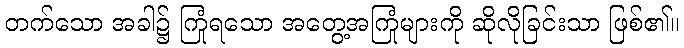
တက်သော အခါ၌ ကြုံရသော အတွေ့အကြုံများကို ဆိုလိုခြင်းသာ ဖြစ်၏။